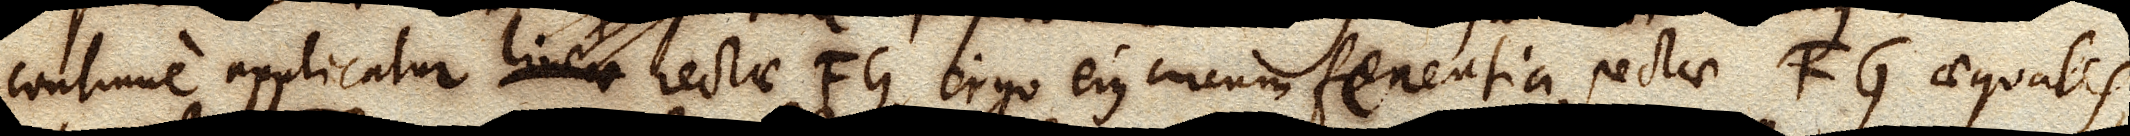
continue applicatur lineae rectae FG, ergo ejus circumferentia, rectae FG aequalis,